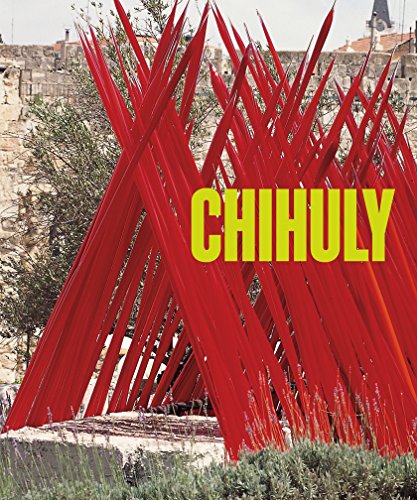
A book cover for Chihuly: Volume 2, 1997-Present; Crafts, Hobbies & Home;